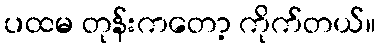
ပထမ တုန်းကတော့ ကိုက်တယ်။